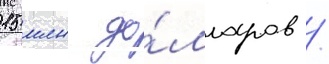
15 млн до́лларов /